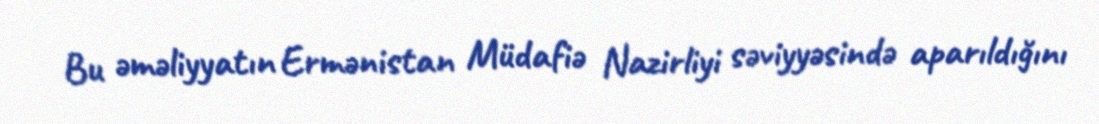
Bu əməliyyatın Ermənistan Müdafiə Nazirliyi səviyyəsində aparıldığını